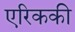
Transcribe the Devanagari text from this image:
एरिककी